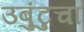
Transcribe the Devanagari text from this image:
उबुंटुचा